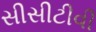
સીસીટીવી